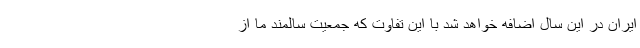
ایران در این سال اضافه خواهد شد با این تفاوت که جمعیت سالمند ما از